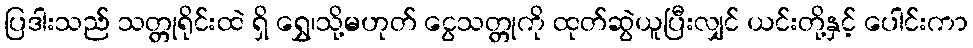
ပြဒါးသည် သတ္တုရိုင်းထဲ ရှိ ရွှေ၊သို့မဟုတ် ငွေသတ္တုကို ထုတ်ဆွဲယူပြီးလျှင် ယင်းတို့နှင့် ပေါင်းကာ